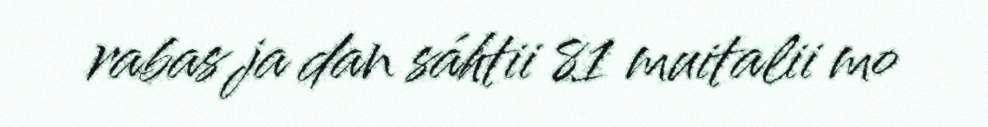
rabas ja dan sáhtii 81 muitalii mo